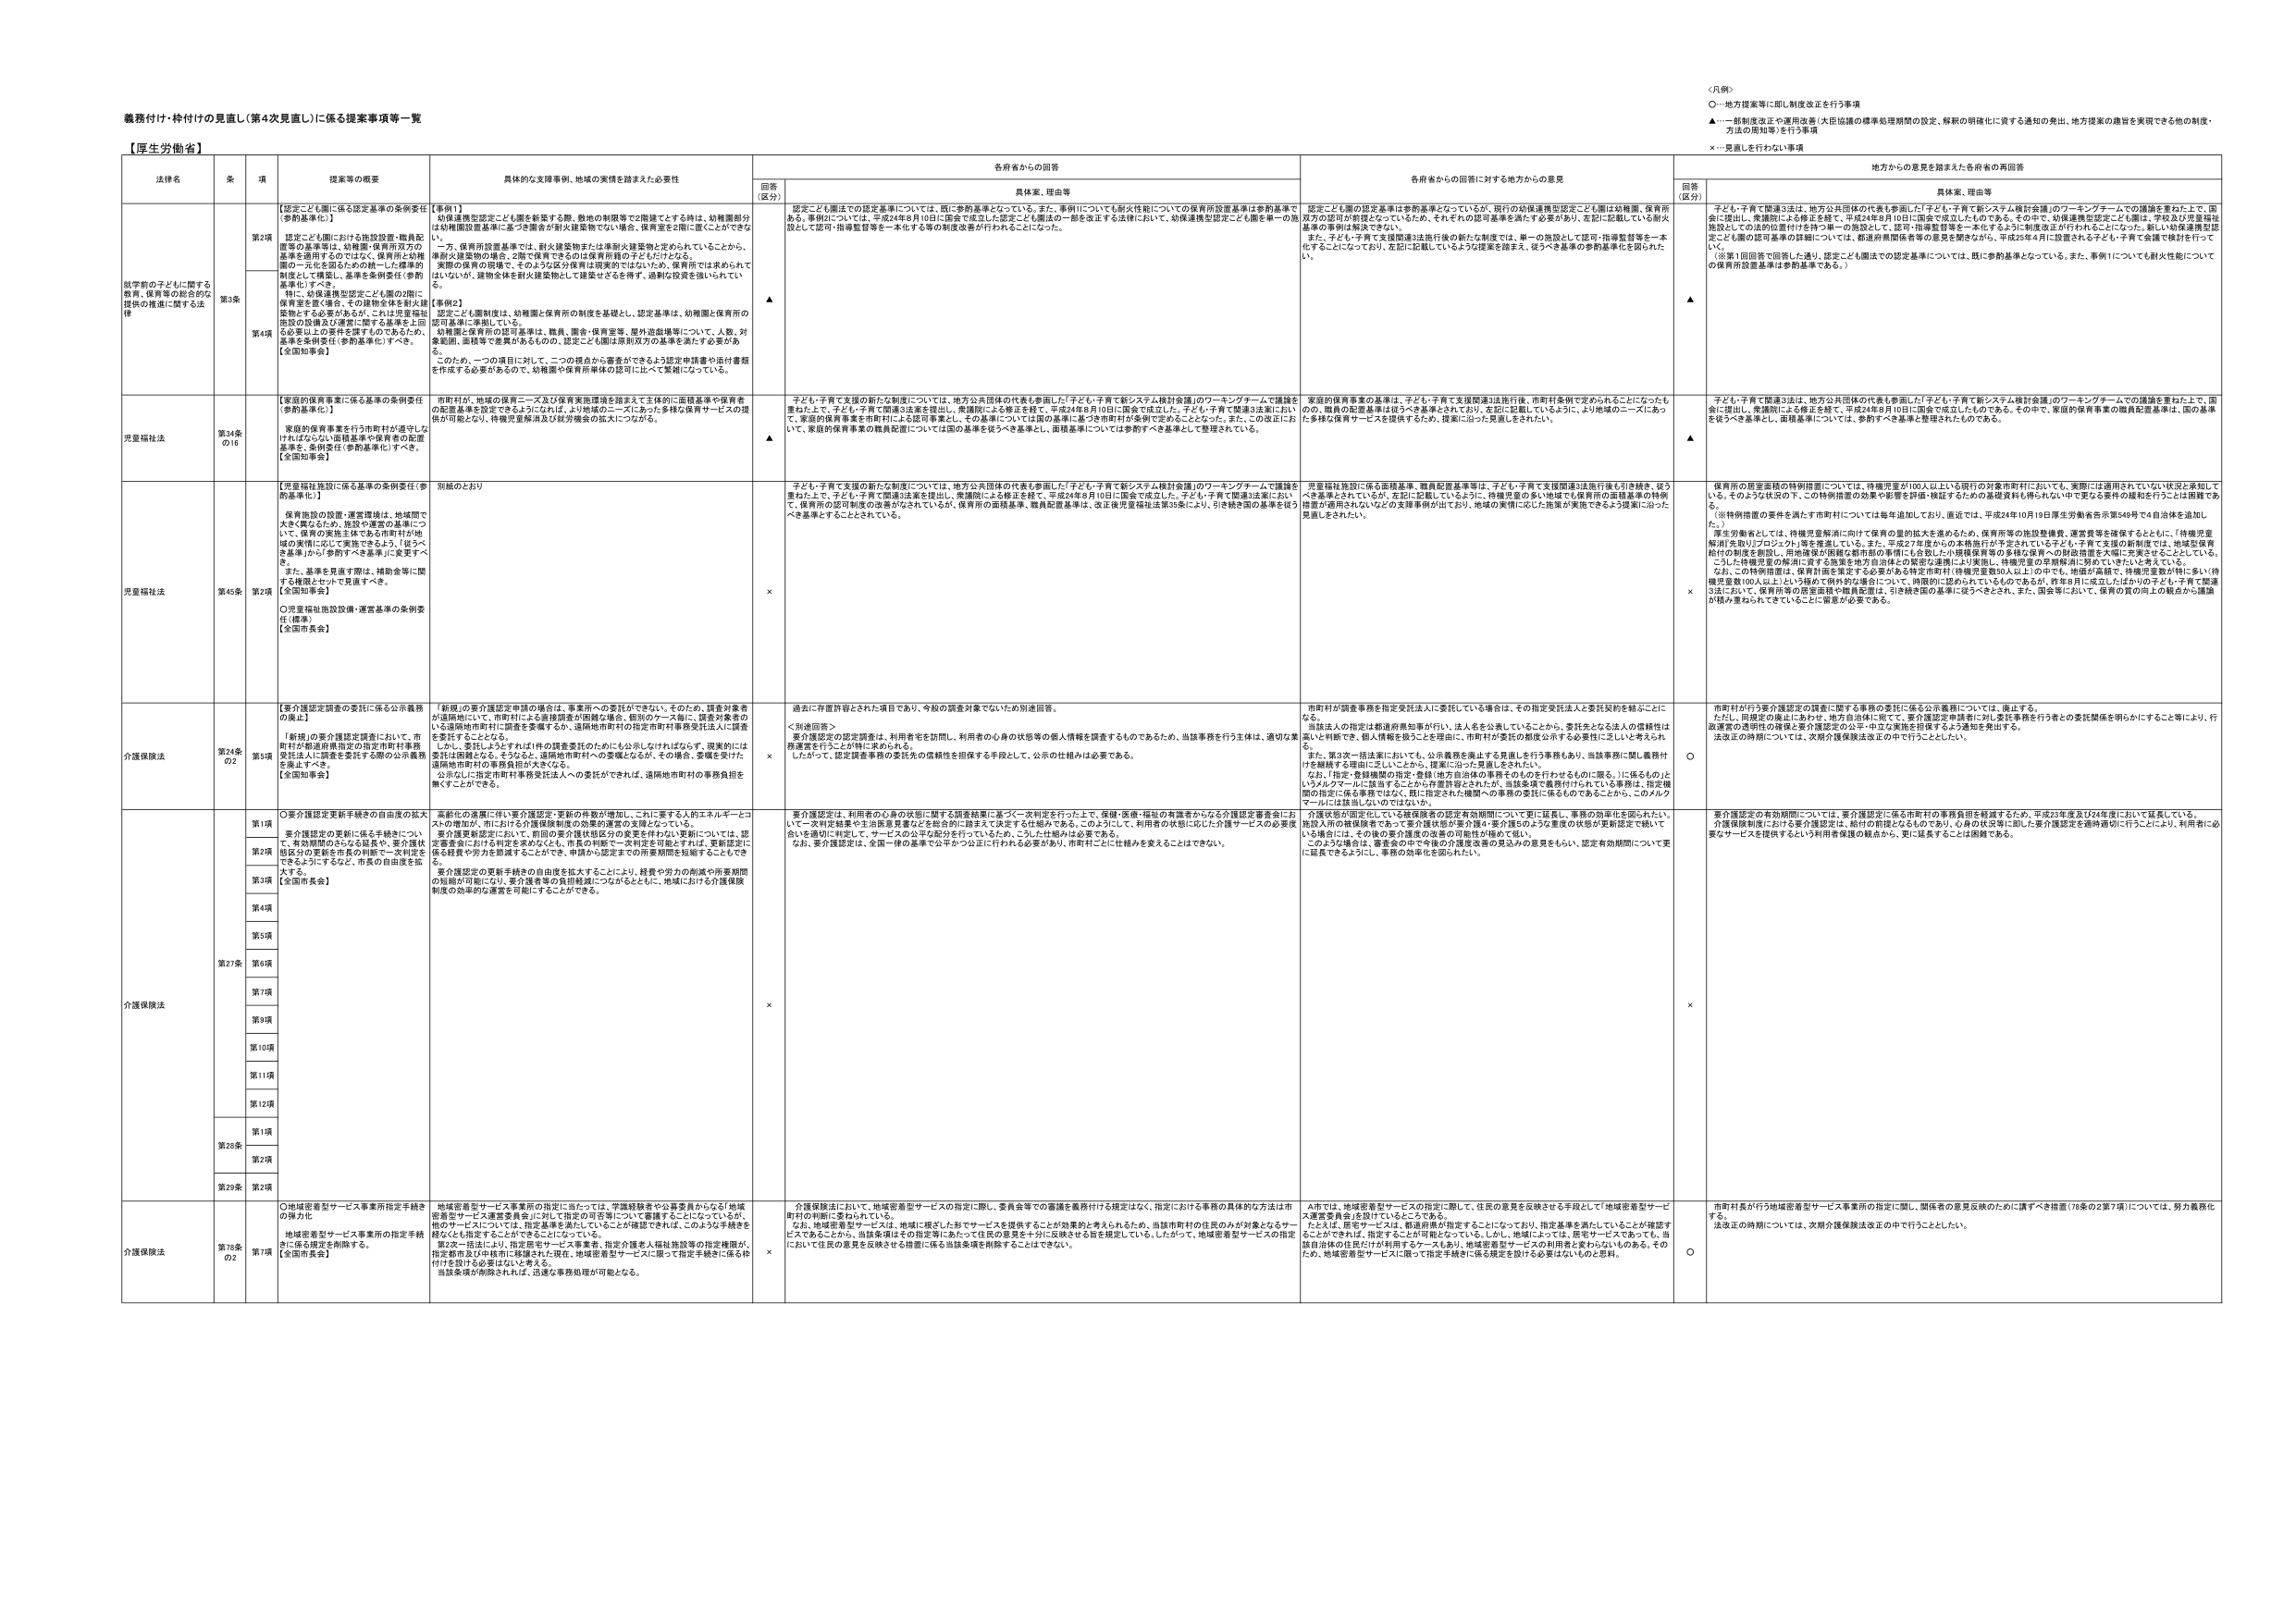
義務付け・枠付けの見直し（第4次見直し）に係る提案事項等一覧

【厚生労働省】

〈凡例〉
○－地方提案等に即し制度改正を行う事項
▲－一部制度改正や運用改善（大臣協議の標準処理期間の設定、解釈の明確化に資する通知の発出、地方提案の趣旨を実現できる他の制度・方法の周知等）を行う事項
×－見直しを行わない事項

| 法律名 | 条 | 項 | 提案等の概要 | 具体的な支援事例、地域の実情を踏まえた必要性 | 各府省からの回答 | 各府省からの回答に対する地方からの意見 | 地方からの意見を踏まえた各府省の再回答 |
| :--- | :--- | :--- | :--- | :--- | :--- | :--- | :--- |
| | | | | | 回答（区分） 具体案、理由等 | | 回答（区分） 具体案、理由等 |
| 就学前の子どもに関する教育、保育等の総合的な支援の推進に関する法律 | | 第2項 | 【認定こども園に係る認定基準の条例委任（参酌基準化）】 認定こども園における施設設備・職員配置等の基準等は、幼稚園・保育所双方の基準を適用するのではなく、保育所と幼稚園の一体化を図るための統一した標準的制度として構築し、基準を条例委任（参酌基準化）すべき。 特に、幼保連携型認定こども園の2階に保育室を置く場合、その建物全体を耐火建築物とする必要があるが、これは児童福祉施設の設備及び運営に関する基準を上回る必要以上の要件を課すものであるため、基準を条例委任（参酌基準化）すべき。【全国知事会】 | 【事例1】 幼保連携型認定こども園を新設する際、敷地の制限等で2階建てとする時は、幼稚園部分は幼稚園設置基準に基づき建物が耐火建築物でない場合、保育室を2階に置くことができない。 一方、保育所設置基準では、耐火建築物または準耐火建築物と定められていることから、準耐火建築物の場合、2階で保育できるのは保育所側の子どもだけとなる。 実際の保育の現場で、そのような区分保育は現実的ではないため、保育所では求められてはいないが、建物全体を耐火建築物として建築せざるを得ず、過剰な投資を強いられてい る。 【事例2】 認定こども園制度は、幼稚園と保育所の制度を基礎とし、認定基準は、幼稚園と保育所の認可基準に準拠している。 幼稚園と保育所の認可基準は、職員、園舎・保育室等、屋外遊戯場等について、人数、対象範囲、面積等で差異があるものの、認定こども園は原則双方の基準を満たす必要がある。 このため、一つの項目に対して、二つの視点から審査ができるよう認定申請書や添付書類を作成する必要があるので、幼稚園や保育所単体の認可に比べて業務になっている。 | ▲ | 認定こども園法での設定基準については、既に参酌基準となっている。また、事例1についても耐火性能についての保育所設置基準は参酌基準である。事例2については、平成24年8月10日に国会で成立した認定こども園法の一部を改正する法律において、幼保連携型認定こども園を単一の施設として認可・指導監督等を一本化する等の制度改善が行われることになった。 | 認定こども園の設定基準は参酌基準となっているが、現行の幼保連携型認定こども園は幼稚園、保育所双方の認可が前提となっているため、それぞれの認可基準を満たす必要があり、左記に記載している耐火基準の事例は解決できない。 また、子ども・子育て支援関連3法施行後の新たな制度では、単一の施設として認可・指導監督等を一本化することになっており、左記に記載しているような提案を踏まえ、従うべき基準の参酌基準化を図りたい。 | ▲ | 子ども・子育て関連3法は、地方公共団体の代表も参画した「子ども・子育て新システム検討会議」のワーキングチームでの議論を重ねた上で、国会に提出し、衆議院による修正を経て、平成24年8月10日に国会で成立したものである。その中で、幼保連携型認定こども園は、学校及び児童福祉施設としての法的位置付けを持つ単一の施設として、認可・指導監督等を一本化するように制度改正が行われることになった。新しい幼保連携型認定こども園の認可基準の詳細については、都道府県関係者等の意見を聞きながら、平成25年4月に設置される子ども・子育て会議で検討を行って いく。 （※第1回回答で回答した通り、認定こども園法での認定基準については、既に参酌基準となっている。また、事例1についても耐火性能についての保育所設置基準は参酌基準である。） |
| | | 第3条 | | | | | |
| | | 第4項 | | | | | |
| 児童福祉法 | 第34条の16 | | 【家庭的保育事業に係る基準の条例委任（参酌基準化）】 家庭的保育事業を行う市町村が適切にけがばらない適切基準や保育者の配置基準を、条例委任（参酌基準化）すべき。【全国知事会】 | 市町村が、地域の保育ニーズ及び保育実施環境を踏まえて主体的に面積基準や保育者の配置基準を設定できるようにすれば、より地域のニーズにあった多様な保育サービスの提供が可能となり、待機児童解消及び財源確保の拡大につながる。 | ▲ | 子ども・子育て支援の新たな制度については、地方公共団体の代表も参画した「子ども・子育て新システム検討会議」のワーキングチームで議論を重ねた上で、子ども・子育て関連3法案を提出し、衆議院による修正を経て、平成24年8月10日に国会で成立した。子ども・子育て関連3法案において、家庭的保育事業を市町村による認可事業とし、その基準については国の基準に基づき市町村が条例で定めることとなった。また、この改正にお いて、家庭的保育事業の職員配置については国の基準を従うべき基準とし、面積基準については参酌すべき基準として整理されている。 | 家庭的保育事業の基準は、子ども・子育て支援関連3法施行後、市町村条例で定められることになったも のの、職員の配置基準は従うべき基準とされており、左記に記載しているように、より地域のニーズにあった多様な保育サービスを提供するため、提案に沿った見直しをされたい。 | ▲ | 子ども・子育て関連3法は、地方公共団体の代表も参画した「子ども・子育て新システム検討会議」のワーキングチームでの議論を重ねた上で、国会に提出し、衆議院による修正を経て、平成24年8月10日に国会で成立したものである。その中で、家庭的保育事業の職員配置基準は、国の基準を従うべき基準とし、面積基準については、参酌すべき基準と整理されたものである。 |
| 児童福祉法 | 第45条 | 第2項 | 【児童福祉施設に係る基準の条例委任（参酌基準化）】 保育施設の設置・運営環境は、地域間で大きく異なるため、施設や運営の基準につ いて、保育の実施主体である市町村が地 域の実情に応じて実現できるよう、「従うべ き基準」から参酌すべき基準に変更すべ き。 また、基準を見直す際は、補助金等に関 する複数とセットで見直すべき。【全国知事会】 ○児童福祉施設設備・運営基準の条例委任（標準）【全国市長会】 | 別紙のとおり | × | 子ども・子育て支援の新たな制度については、地方公共団体の代表も参画した「子ども・子育て新システム検討会議」のワーキングチームで議論を 重ねた上で、子ども・子育て関連3法案を提出し、衆議院による修正を経て、平成24年8月10日に国会で成立した。子ども・子育て関連3法案におい て、保育所の認可制度の改善がなされているが、保育所の面積基準、職員配置基準は、改正後児童福祉法第39条により、引き続き国の基準を従う べき基準とすることとされている。 | 児童福祉施設に係る施設基準、職員配置基準等は、子ども・子育て支援関連3法施行後も引き続き、従う べき基準とされているが、左記に記載しているように、待機児童の多い地域でも保育所の面積基準の特例 措置が適用されないなどの支援事例が出ており、地域の実情に応じた施策が実施できるよう提案に沿った 見直しされたい。 | × | 保育所の居室面積の特例措置については、待機児童が100人以上いる現行の対象市町村において、実際には適用されていない状況と承知して いる。そのような状況の下、この特例措置の効果や影響を評価・検証するための基礎資料も得られない中で更なる要件の緩和を行うことは困難であ る。 （※特例措置の要件を満たす市町村については毎年追加しており、直近では、平成24年10月19日厚生労働省告示第549号で4自治体を追加し た。） 厚生労働省としては、待機児童解消に向けて保育の量的拡大を進めるため、保育所等の施設整備費、運営費等を確保するとともに、「待機児童 解消先進いばラジオ」等を推進している。また、平成27年度からの本格施行が予定されている子ども・子育て支援の新制度では、地域型保育 給付の制度を創設し、用地確保が困難な都市部の事例にも合致した小規模保育等の多様な保育への財政措置を大幅に充実させることとしている。 こうした待機児童の解消に資する施策を地方自治体との緊密な連携により実施し、待機児童の早期解消に努めていきたいと考えている。 なお、この特例措置は、保育計画を策定する必要がある特定市町村（待機児童等20人以上）の中でも、地震や強風で、待機児童数が特に多い待 機児童数100人以上）という極めて例外的な場合について、時限的に認められるものであるが、昨年8月に成立したほかの子ども・子育て関連 3法において、保育所等の居室面積や職員配置は、引き続き国の基準に従うべきとされ、また、国会同様に、保育の質の向上の観点から議論 が積み重ねられてきていることに留意が必要である。 |
| 介護保険法 | 第24条の2 | 第5項 | 【要介護認定調査の委託に係る公示義務の廃止】 「新規」の要介護認定調査において、市 町村が都道府県指定の指定市町村事務 委託法人に調査を委託する際の公示義務を廃止すべき。【全国知事会】 | 「新規」の要介護認定申請の場合は、事業所への委託ができない。そのため、調査対象者が遠隔地にいて、市町村による直接調査が困難な場合、個別のケース毎に、調査対象者のいる遠隔地市町村に調査を委嘱するか、遠隔地市町村の指定市町村事務委託法人に調査を委託することとなる。 しかし、委託しようとするれば1件の調査委託のために公示しなければならず、現実的には委託は困難となる。そのため、遠隔地市町村への委嘱となるが、その場合、委嘱を受けた遠隔地市町村の事務負担が大きくなる。 公示なしに指定市町村事務委託法人への委託ができれば、遠隔地市町村の事務負担を無くすことができる。 | × | 過去に府省許容とされた項目であり、今般の調査対象でないため別途回答。 ＜別途回答＞ 要介護認定の認定調査は、利用者をを訪問し、利用者の心身の状態等の個人情報を調査するものであるため、当該事務を行う主体は、適切な実務運営を行うことが特に求められる。 したがって、認定調査事務の委託先の信頼性を担保する手段として、公示の仕組みは必要である。 | 市町村が調査事務を指定委託法人に委託している場合は、その指定委託法人と委託契約を結ぶことに なる。 当該法人の指定は都道府県知事が行い、法人を公表していることから、委託先となる法人の信頼性は高いと判断でき、個人情報を扱うことを理由に、市町村が委託の都度公示する必要性に乏しいと考えられ る。 また、第3次一括法案においても、公示義務を廃止する見直しを行う事務もあり、当該事務に就く業務仲 介を継続する理由に乏しいことから、提案に沿った見直しをされたい。 なお、「指定・登録機関の指定・登録（地方自治体の事務そのものを行わせるものに限る。）に係るもの」というノルクターに該当することから弁護士等とされが、当該業務で義務付けられている事務は、指定機関の指定に係る事務ではなく、既に指定された機関への事務の委託に係るものであることが、このノルク マールには該当しないのではないか。 | ○ | 市町村が行う要介護認定の調査に関する事務の委託に係る公示義務については、廃止する。 ただし、同規定の廃止にあわせ、地方自治体に宛てて、要介護認定申請者に対し委託事務を行う者との委託関係を明らかにすること等により、行政運営の透明性の確保と要介護認定の公平・中立な実施を担保するよう通知を発出する。 法改正の時期については、次期介護保険法改正の中で行うこととしたい。 |
| 介護保険法 | 第27条 | 第1項 | ○要介護認定更新手続きの自由度の拡大 | 高齢化の進展に伴い要介護認定・更新の件数が増加し、これに要する人的エネルギーとコ ストの増加が、市における介護保険制度の効果的運営の支障となっている。 要介護更新認定において、前回の要介護状態区分の変更を伴わない更新については、認 定審査委にかける判定を求めるなども、市長の判断で一次判定を可能とすれば、更新認定に 係る経費や労力を削減することができ、申請から認定までの所要期間を短縮することもでき る。 要介護認定の更新手続きの自由度を大きくすることにより、経費や労力の削減や所要期間 の短縮が可能になり、要介護者等の負担軽減につながるとともに、地域における介護保険 制度の効率的な運営を可能にすることができる。 | × | 要介護認定は、利用者の心身の状態に関する調査結果に基づく一次判定を行った上で、保健・医療・福祉の有識者からなる介護認定審査会にお いて一次判定結果や主治医意見書などを総合的に踏まえて決定する仕組みである。このようにして、利用者の状態に応じた介護サービスの必要度 合いを適切に判定して、サービスの公平な配分を行っているため、こうした仕組みは必要である。 なお、要介護認定は、全国一律の基準で公平かつ公正に行われる必要があり、市町村ごとに仕組みを変えることはできない。 | 介護状態が固定化している被保険者の認定有効期間について更に延長し、事務の効率化を図りたい。 施設入所の被保険者であって要介護状態が重介護か要介護5のよう重度の状態が要介護認定で続いて いる場合には、その後の要介護度の改善の可能性が極めて低い。 このような場合は、審査会の中で今後の介護度改善の見込みの意見をもらい、認定有効期間について更 に延長できるようにし、事務の効率化を図りたい。 | × | 要介護認定の有効期間については、要介護認定に係る市町村の事務負担を軽減するため、平成23年度及び24年度において延長している。 介護保険制度における要介護認定は、給付の前提となるものであり、心身の状況等に即した要介護認定を適時適切に行うことにより、利用者に必 要なサービスを提供するという利用者保護の観点から、更に延長することは困難である。 |
| | | 第2項 | | | | | |
| | | 第3項 | | | | | |
| | | 第4項 | | | | | |
| | | 第5項 | | | | | |
| | | 第6項 | | | | | |
| | | 第7項 | | | | | |
| | | 第9項 | | | | | |
| | | 第10項 | | | | | |
| | | 第11項 | | | | | |
| | | 第12項 | | | | | |
| | 第28条 | 第1項 | | | | | |
| | | 第2項 | | | | | |
| | 第29条 | 第2項 | | | | | |
| 介護保険法 | 第78条の2 | 第7項 | ○地域密着型サービス事業所指定手続きの弾力化 地域密着型サービス事業所の指定手続きに係る現実を削除する。【全国市長会】 | 地域密着型サービス事業所の指定に当たっては、学識経験者や公募委員からなる「地域 密着型サービス運営委員会」に対して指定の可否等について審議することになっているが、 他のサービスについては、指定基準を満たしていることが確認できれば、このような手続きを 経なくても指定することができるようになっている。 第2次一括法により、指定居宅サービス事業者、指定介護老人福祉施設等の指定機関が、 指定都市及び中核市に移譲された現在、地域密着型サービスに限って指定手続きに係る仲 付けを設ける必要はないと考える。 当該条項が削除されれば、迅速な事務処理が可能となる。 | × | 介護保険法において、地域密着型サービスの指定に関し、委員会等での審議を義務付ける規定はなく、指定における事務の具体的な方法は市 町村の判断に委ねられている。 なお、地域密着型サービスは、地域に根ざした形でサービスを提供することが効果的と考えられるため、当該市町村の住民のみが対象となるサー ビスであることから、当該条項はその指定等にあたって住民の意見を十分に反映させる旨を規定している。したがって、地域密着型サービスの指定 において住民の意見を反映させる措置に係る当該条項を削除することはできない。 | A市では、地域密着型サービスの指定に関して、住民の意見を反映させる手段として「地域密着型サービ ス運営委員会」を設けているところである。 たとえば、居宅サービスは、都道府県が指定することになっており、指定基準を満たしていることが確認す ることができるれば、指定することが可能となっている。しかし、地域によっては、居宅サービスであっても、当 該自治体の住民だけが利用するケースもあり、地域密着型サービスの利用者と変わらないものがある。その ため、地域密着型サービスに限って指定手続きに係る規定を設ける必要はないものと思料。 | ○ | 市町村長が行う地域密着型サービス事業所の指定に関し、関係者の意見反映のために講ずべき措置（78条の2第7項）については、努力義務化 する。 法改正の時期については、次期介護保険法改正の中で行うこととしたい。 |